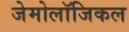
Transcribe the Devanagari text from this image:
जेमोलॉजिकल